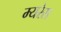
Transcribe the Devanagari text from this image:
म्यरेस